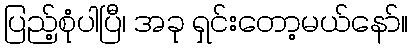
ပြည့်စုံပါပြီ၊ အခု ရှင်းတော့မယ်နော်။